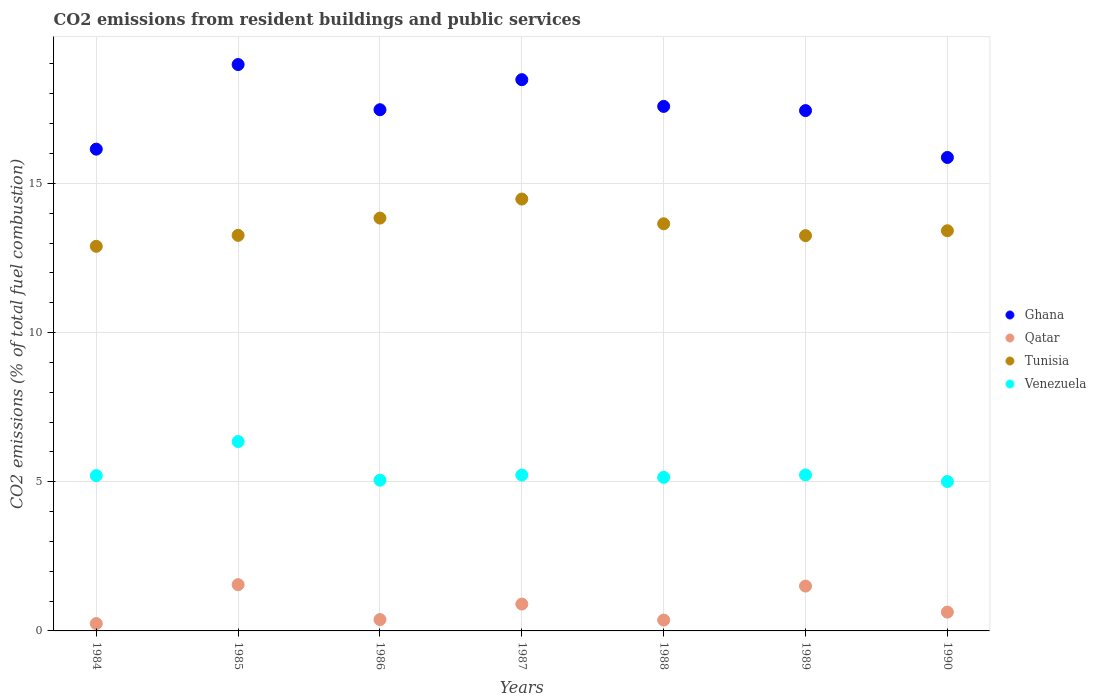
| Years | Ghana | Qatar | Tunisia | Venezuela |
 | --- | --- | --- | --- | --- |
 | 1984 | 16.1 | 0.246 | 12.9 | 5.21 |
 | 1985 | 19 | 1.55 | 13.3 | 6.35 |
 | 1986 | 17.5 | 0.381 | 13.8 | 5.05 |
 | 1987 | 18.5 | 0.9 | 14.5 | 5.22 |
 | 1988 | 17.6 | 0.363 | 13.6 | 5.15 |
 | 1989 | 17.4 | 1.5 | 13.2 | 5.23 |
 | 1990 | 15.9 | 0.63 | 13.4 | 5.01 |